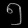
Digit: ၅